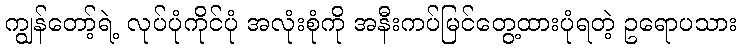
ကျွန်တော့်ရဲ့ လုပ်ပုံကိုင်ပုံ အလုံးစုံကို အနီးကပ်မြင်တွေ့ထားပုံရတဲ့ ဥရောပသား